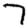
Digit: 7